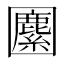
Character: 𡈷